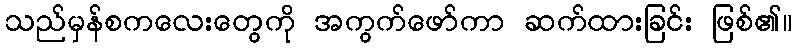
သည်မှန်စကလေးတွေကို အကွက်ဖော်ကာ ဆက်ထားခြင်း ဖြစ်၏။